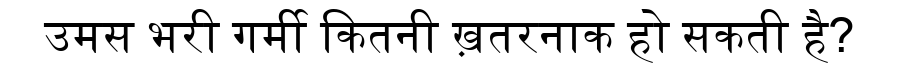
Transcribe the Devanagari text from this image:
उमस भरी गर्मी कितनी ख़तरनाक हो सकती है?